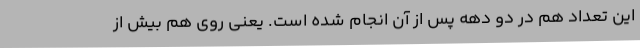
این تعداد هم در دو دهه پس از آن انجام شده است. یعنی روی هم بیش از